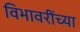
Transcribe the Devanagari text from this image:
विभावरींच्या